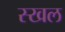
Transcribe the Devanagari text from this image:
स्खल